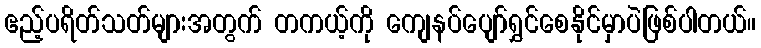
ဧည့်ပရိတ်သတ်များအတွက် တကယ့်ကို ကျေနပ်ပျော်ရွှင်စေနိုင်မှာပဲဖြစ်ပါတယ်။